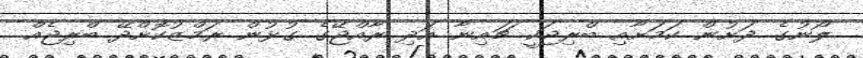
ލޯނުގެ ދަށުން ކަމަށާއި ބްރިޖަކީ ޗައިނާ އަދި ރާއްޖޭގެ ގުޅުން ރަމްޒުކޮށްދޭ ބްރިޖެއް